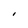
Character: l